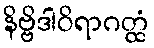
နိဗ္ဗိဒါဝိရာဂတ္ထံ